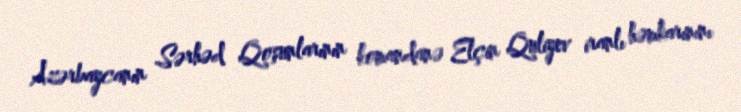
Azərbaycanın Sərhəd Qoşunlarının komandanə Elçin Quliyev iranlı həmkarınını